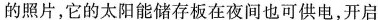
的照片，它的太阳能储存板在夜间也可供电，开启